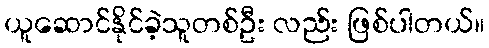
ယူဆောင်နိုင်ခဲ့သူတစ်ဦး လည်း ဖြစ်ပါတယ်။